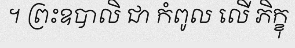
។ ព្រះឧបាលិ ជា កំពូល លើ ភិក្ខុ